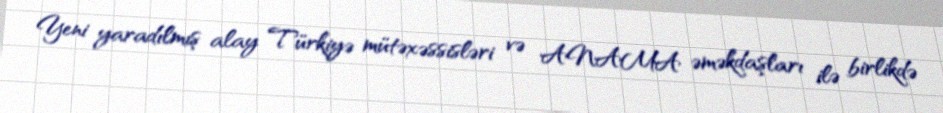
Yeni yaradılmış alay Türkiyə mütəxəssisləri və ANAMA əməkdaşları ilə birlikdə